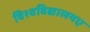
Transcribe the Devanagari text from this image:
विश्वविद्यालयए